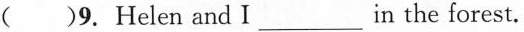
( )9. Helen and I ___ in the forest.